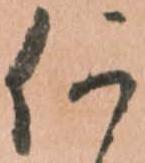
何